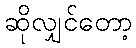
ဆိုလျှင်တော့